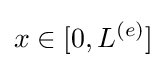
x\in [0,L^{(e)}]